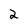
Character: 2